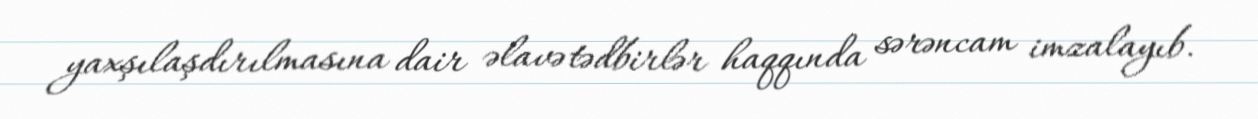
yaxşılaşdırılmasına dair əlavə tədbirlər haqqında sərəncam imzalayıb.